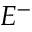
E ^ { - }